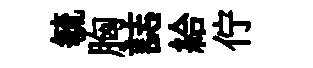
毓胸誌給佇